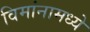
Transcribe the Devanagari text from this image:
विमांनामध्ये